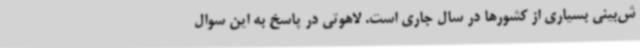
ش‌بینی بسیاری از کشورها در سال جاری است. لاهوتی در پاسخ به این سوال